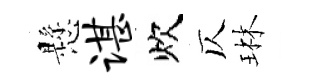
懸谌炊仄琳